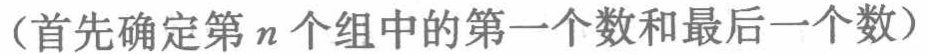
（首先确定第\(n\)个组中的第一个数和最后一个数）